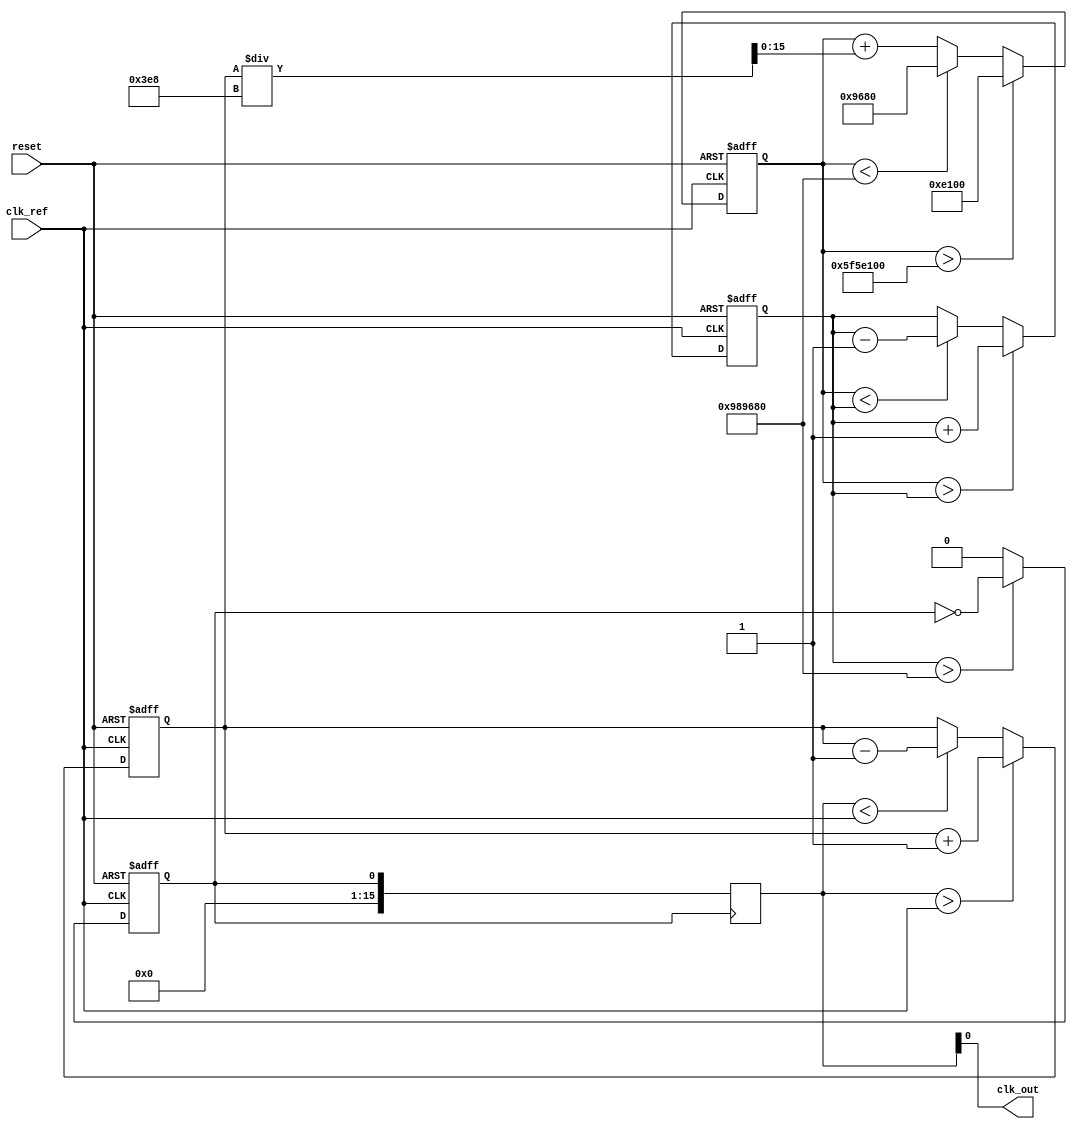
module PLL (
    input wire clk_ref,        // Reference clock input
    input wire reset,          // Asynchronous reset
    output wire clk_out        // PLL output clock
);

// Parameters
parameter integer VCO_MAX_FREQ = 100000000; // e.g., max frequency of VCO
parameter integer VCO_MIN_FREQ = 10000000;  // e.g., min frequency of VCO
parameter integer LOOP_BW = 1000;            // Loop bandwidth

// Signals
reg [15:0] phase_err;       // Phase error signal from PD
reg [15:0] control_voltage;  // Control voltage for VCO
reg vco_clk;                // VCO output clock
reg [15:0] vco_freq;        // Current frequency of VCO
reg [15:0] feedback_clk;    // Feedback clock signal

// Phase Detector
always @(posedge clk_ref or posedge reset) begin
    if (reset) begin
        phase_err <= 0;
    end else begin
        // This is a simple phase error detection logic
        if (feedback_clk > clk_ref) begin
            phase_err <= phase_err + 1; // Lagging
        end else if (feedback_clk < clk_ref) begin
            phase_err <= phase_err - 1; // Leading
        end
    end
end

// Low-Pass Filter
always @(posedge clk_ref or posedge reset) begin
    if (reset) begin
        control_voltage <= 0;
    end else begin
        // Basic filtering - integrate phase error
        control_voltage <= control_voltage + phase_err / LOOP_BW; // Example LPF
        // Clamp control_voltage to VCO limits
        if (control_voltage > VCO_MAX_FREQ) begin
            control_voltage <= VCO_MAX_FREQ;
        end else if (control_voltage < VCO_MIN_FREQ) begin
            control_voltage <= VCO_MIN_FREQ;
        end
    end
end

// Voltage-Controlled Oscillator (VCO)
always @(posedge clk_ref or posedge reset) begin
    if (reset) begin
        vco_freq <= VCO_MIN_FREQ;
        vco_clk <= 0;
    end else begin
        // Adjust frequency based on control_voltage
        if (control_voltage > vco_freq) begin
            // Increase frequency
            vco_freq <= vco_freq + 1; // Simplification, increase frequency
        end else if (control_voltage < vco_freq) begin
            // Decrease frequency
            vco_freq <= vco_freq - 1; // Simplification, decrease frequency
        end
        
        // Generate the VCO output clock based on current frequency
        vco_clk <= (vco_freq > VCO_MIN_FREQ) ? ~vco_clk : 0;
    end
end

// Feedback Loop
always @(posedge vco_clk) begin
    feedback_clk <= vco_clk; // Simple feedback loop
end

// Output clock
assign clk_out = feedback_clk;

endmodule